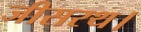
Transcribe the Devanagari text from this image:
जीसरथ।